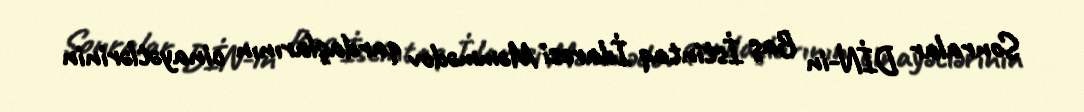
Sonralar DİN-in Baş İstintaq İdarəsi Məmmədov qardaşlarının cinayətlərinin